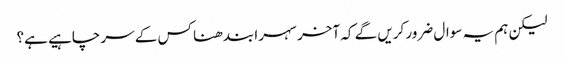
لیکن ہم یہ سوال ضرور کریں گے کہ آخر سہرا بندھنا کس کے سر چاہیے ہے؟